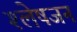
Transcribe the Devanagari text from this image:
श्लेषजन